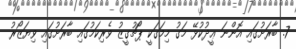
7. ބާރަށުގައި އޮންނަ ޢީދުކުޅޭ މަގު މިމަގަކީ ޕޯޗުގީޒު ވެރިކަމުގައި ބާރަށުގައި ވިޔަޒޯރު